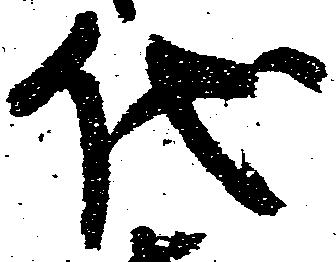
代